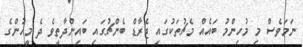
ނަމަވެސް މި މުހިންމު ބައެއް މެޗުތަކުގައި ޖެރާޑް ބެންޗުގައި ބައިންދާތީވެ ދެ މީހުންގެ